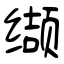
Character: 缬